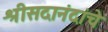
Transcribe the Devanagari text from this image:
श्रीसदानंदांचे